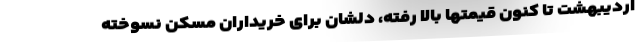
اردیبهشت تا کنون قیمتها بالا رفته، دلشان برای خریداران مسکن نسوخته